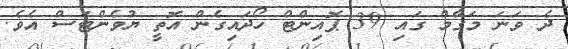
ދެ ވަނަ މަގާމް ގައި 39 ޕޮއިންޓް ހޯދައިގެން އޮތީ ޔުވެންޓަސް އެވެ.